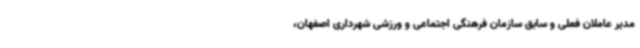
مدیر عاملان فعلی و سابق سازمان فرهنگی اجتماعی و ورزشی شهرداری اصفهان،